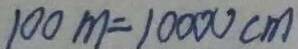
1 0 0 m = 1 0 0 0 0 c m